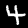
Digit: 4